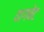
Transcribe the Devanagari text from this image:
वागबेट